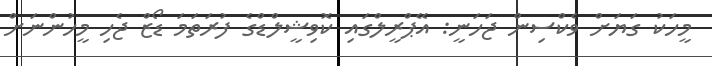
މީހަކު ގަޔަށް ވެކްސިން ޖަހަނީ: އޭޕްރީލްގައި ކޮވިޝީލްޑްގެ ފުރަތަމަ ޑޯޒް ޖެހި މީހުންނަށް